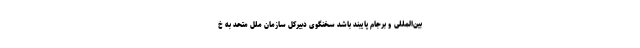
بین‌المللی و برجام پایبند باشد سخنگوی دبیرکل سازمان ملل متحد به خ